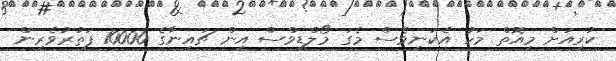
ކުރިއަށް މިއޮތް މަހު އެކަނިވެސް މެގަ މޯލްޑިވްސް އިން ޗައިނާގެ 10000 ފަތުރުވެރިން